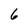
Character: 6